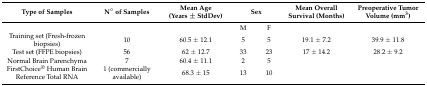
<table><thead><tr><td><b>Type of Samples</b></td><td><b>N° of Samples</b></td><td><b>Mean Age (Years ± StdDev)</b></td><td colspan="2"><b>Sex</b></td><td><b>Mean Overall Survival (Months)</b></td><td><b>Preoperative Tumor Volume (mm<sup>3</sup>)</b></td></tr></thead><tbody><tr><td></td><td></td><td></td><td>M</td><td>F</td><td></td><td></td></tr><tr><td>Training set (Fresh-frozen biopsies)</td><td>10</td><td>60.5 ± 12.1</td><td>5</td><td>5</td><td>19.1 ± 7.2</td><td>39.9 ± 11.8</td></tr><tr><td>Test set (FFPE biopsies)</td><td>56</td><td>62 ± 12.7</td><td>33</td><td>23</td><td>17 ± 14.2</td><td>28.2 ± 9.2</td></tr><tr><td>Normal Brain Parenchyma</td><td>7</td><td>60.4 ± 11.1</td><td>2</td><td>5</td><td></td><td></td></tr><tr><td>FirstChoice<sup>®</sup> Human Brain Reference Total RNA</td><td>1 (commercially available)</td><td>68.3 ± 15</td><td>13</td><td>10</td><td></td><td></td></tr></tbody></table>